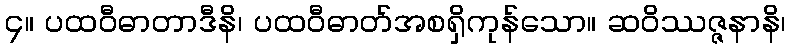
၄။ ပထဝီဓာတာဒီနိ၊ ပထဝီဓာတ်အစရှိကုန်သော။ ဆဝိဿဇ္ဇနာနိ၊